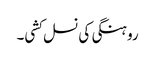
روہنگی کی نسل کشی۔